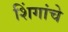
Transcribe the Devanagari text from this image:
शिंगांचे